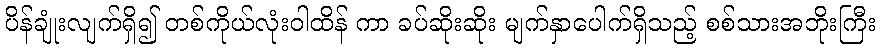
ပိန်ချုံးလျက်ရှိ၍ တစ်ကိုယ်လုံးဝါထိန် ကာ ခပ်ဆိုးဆိုး မျက်နှာပေါက်ရှိသည့် စစ်သားအဘိုးကြီး